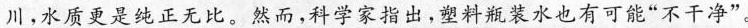
\underline{川,水质更是纯正无比}。然而,科学家指出,塑料瓶装水也有可能“不干净”。